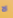
لا